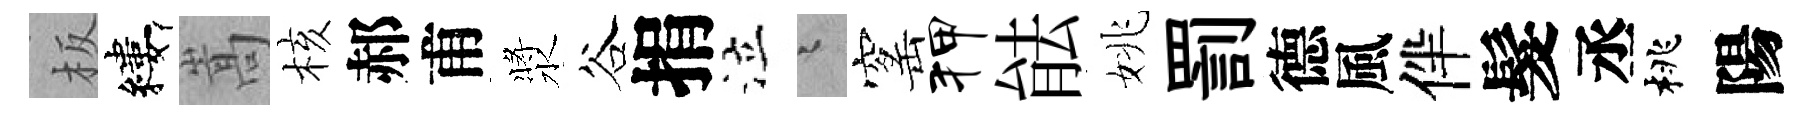
板縷嵩核郝甫漿谷捐泣迢窰狎䏻姚罰德風伴髮丞桃陽